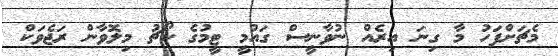
މެޗަށްފަހު މާ ގިނަ އިރެއް ނުވާނީސް ގައުމީ ޓީމުގެ ކޯޗު މިލޮވާން ރަޖެވަކް